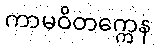
ကာမဝိတက္ကေန